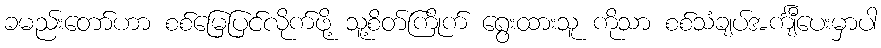
ခမည်းတော်ဟာ စစ်မြေပြင်လိုက်ဖို့ သူ့စိတ်ကြိုက် ရွေးထားသူ ကိုသာ စစ်သံချပ်အင်္ကျီပေးမှာပါ